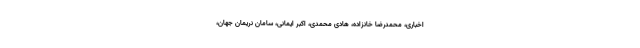
اخباری، محمدرضا خانزاده، هادی محمدی، اکبر ایمانی، سامان نریمان جهان،